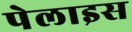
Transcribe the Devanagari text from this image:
पेलाइस